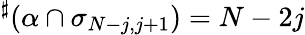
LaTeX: {}^{\sharp}(\alpha\cap\sigma_{N-j,j+1})=N-2j